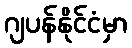
ဂျပန်နိုင်ငံမှာ